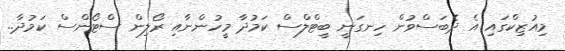
މިއުޒިކްގައި އެ ދެބަސްވުން ހިނގަނީ ބީޓްލްސް ކަމުދާ މީހުންނާއި ރޯލިން ސްޓޯންސް ކަމުދާ..